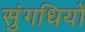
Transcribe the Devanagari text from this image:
सुंगधियों